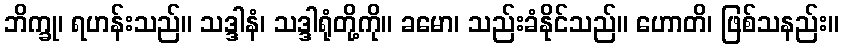
ဘိက္ခု၊ ရဟန်းသည်။ သဒ္ဒါနံ၊ သဒ္ဒါရုံတို့ကို။ ခမော၊ သည်းခံနိုင်သည်။ ဟောတိ၊ ဖြစ်သနည်း။